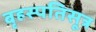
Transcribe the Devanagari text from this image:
बृहस्पतिसूत्र